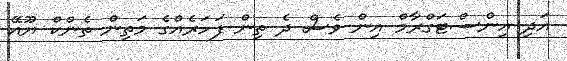
އަދި އިންސްޓަގްރާމް އިން ވެސް ދެ ތިން ފަހަރެއްގެ މަތިން ތެންކް ޔޫއޭ